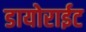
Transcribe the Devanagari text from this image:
डायोराईट